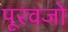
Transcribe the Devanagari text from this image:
पूरवजो